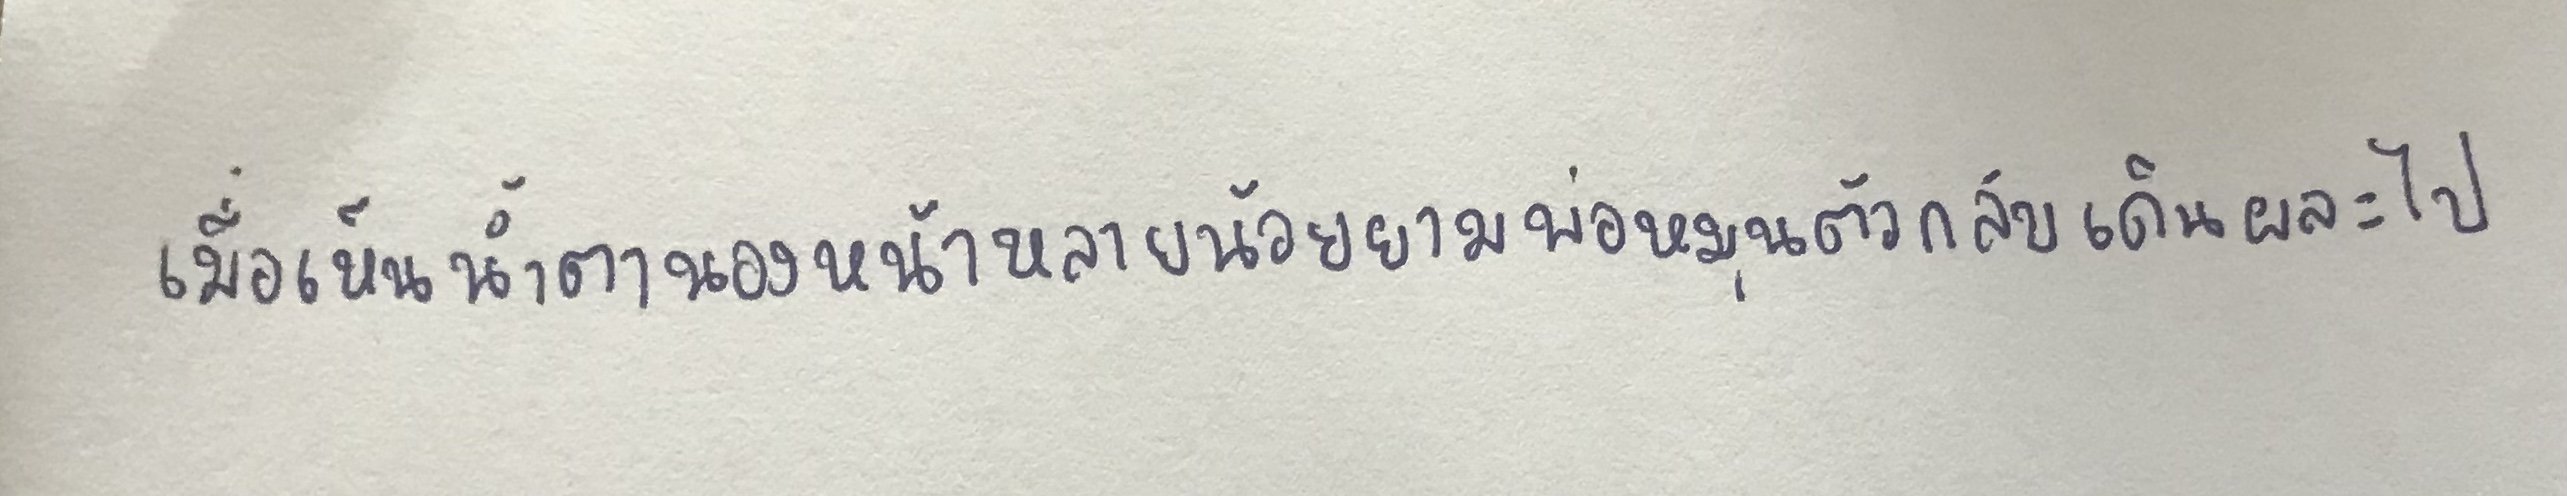
เมื่อเห็นน้ำตานองหน้าหลานน้อยยามพ่อหมุนตัวกลับเดินผละไป